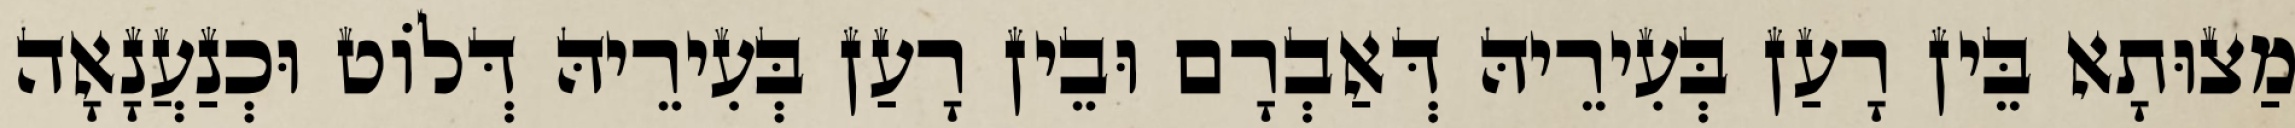
מַצוּתָא בֵּין רָעַן בְּעִירֵיהּ דְּאַבְרָם וּבֵין רָעַן בְּעִירֵיהּ דְּלוֹט וּכְנַעֲנָאָה